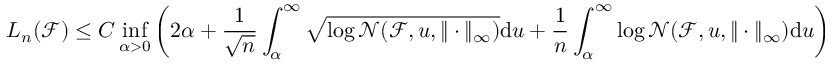
L _ { n } ( \mathcal { F } ) \leq C \operatorname* { i n f } _ { \alpha > 0 } \left( 2 \alpha + \frac { 1 } { \sqrt { n } } \int _ { \alpha } ^ { \infty } \sqrt { { \log \mathcal { N } ( \mathcal { F } , u , \| \cdot \| _ { \infty } ) } } \mathrm { d } u + \frac { 1 } { { n } } \int _ { \alpha } ^ { \infty } { \log \mathcal { N } ( \mathcal { F } , u , \| \cdot \| _ { \infty } ) } \mathrm { d } u \right)